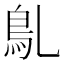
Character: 𩾐